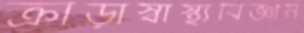
ক্রীড়াস্বাস্থ্যবিজ্ঞান